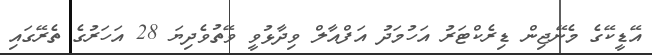
އޭޑީކޭގެ މެނޭޖިން ޑިރެކްޓަރު އަހުމަދު އަފްއާލް ވިދާޅުވީ ވޭތުވެދިޔަ 28 އަހަރުގެ ތެރޭގައި